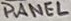
Text: PANEL